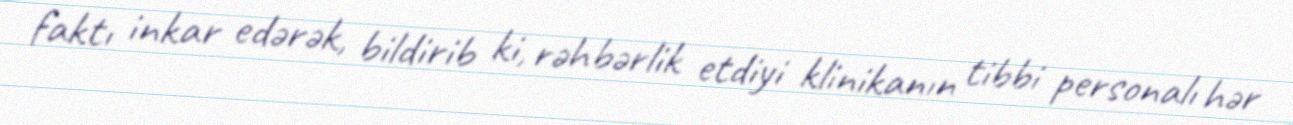
faktı inkar edərək, bildirib ki, rəhbərlik etdiyi klinikanın tibbi personalı hər